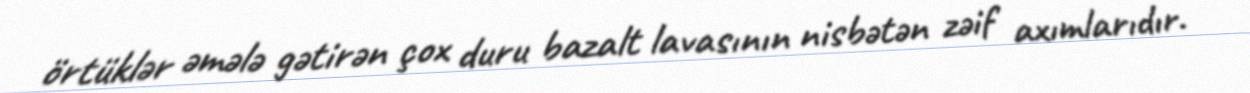
örtüklər əmələ gətirən çox duru bazalt lavasının nisbətən zəif axımlarıdır.